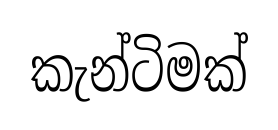
කැන්ටිමක්